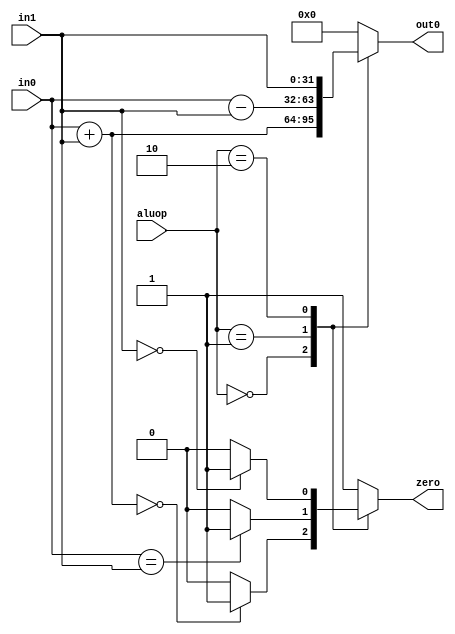
`timescale 1ns / 1ps
//////////////////////////////////////////////////////////////////////////////////
// Company: USTC
// Engineer: 
// 
// Design Name: 
// Module Name: alu
// Project Name: 
// Target Devices: Nexy4-DDR
// Tool Versions: 
// Description: 
// 
// Dependencies: 
// 
// Revision:
// Revision 0.01 - File Created
// Additional Comments:
// 
//////////////////////////////////////////////////////////////////////////////////


module alu(

    input [31:0]in0,
    input [31:0]in1,
    input [3:0]aluop,
    
    output reg[31:0]out0,
    output reg [0:0]zero
    
);
    
    parameter ALU_ADD=4'b0000;
    parameter ALU_SUB=4'b0001;
    parameter ALU_PASS=4'b0010;
    parameter NULL=4'b1111;

always@(*)begin
    case(aluop)
        ALU_ADD:begin
            out0=in0+in1;
            zero=(out0==0)?1:0;
        end
        ALU_SUB:begin
            out0=in0-in1;
            zero=(in0==in1)?1:0;
        end
        ALU_PASS:begin
            out0=in1;
            zero=(out0==0)?1:0;
        end
        default:begin
            out0=0;
            zero=1;
        end
    endcase
end
    
endmodule